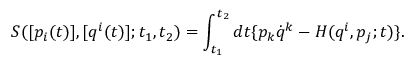
{ S } ( [ p _ { i } ( t ) ] , [ q ^ { i } ( t ) ] ; t _ { 1 } , t _ { 2 } ) = \int _ { t _ { 1 } } ^ { t _ { 2 } } d t \{ p _ { k } { \dot { q } } ^ { k } - { H } ( { q ^ { i } } , { p } _ { j } ; t ) \} .